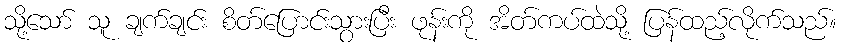
သို့သော် သူ ချက်ချင်း စိတ်ပြောင်းသွားပြီး ဖုန်းကို အိတ်ကပ်ထဲသို့ ပြန်ထည့်လိုက်သည်။